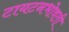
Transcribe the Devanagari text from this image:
टायटनभोवती